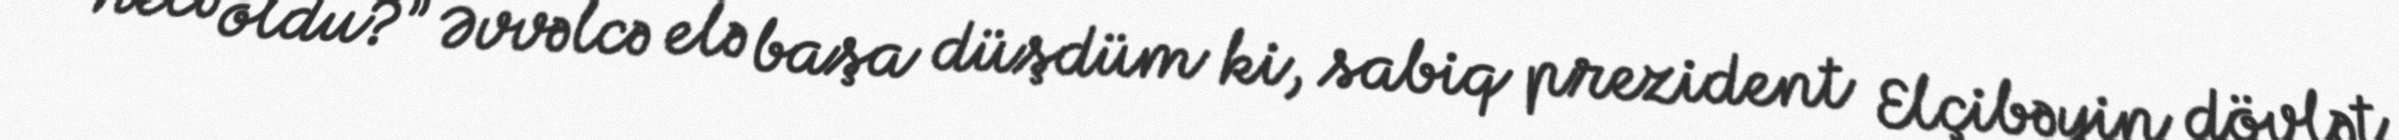
necə oldu?” Əvvəlcə elə başa düşdüm ki, sabiq prezident Elçibəyin dövlət